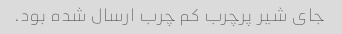
جای شیر پرچرب کم چرب ارسال شده بود.